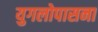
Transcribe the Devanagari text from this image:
युगलोपासना